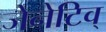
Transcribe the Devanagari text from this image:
जेनेटिव्